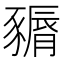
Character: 𧱽